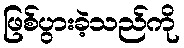
ဖြစ်ပွားခဲ့သည်ကို